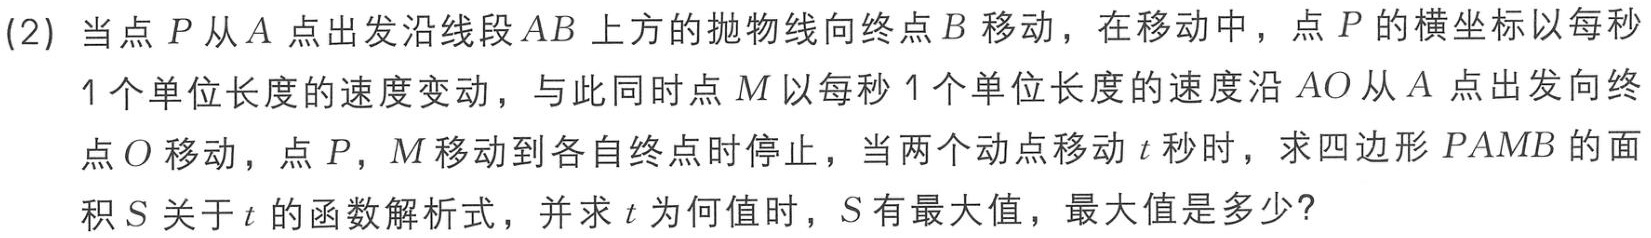
(2) 当点 \(P\) 从 \(A\) 点出发沿线段 \(AB\) 上方的抛物线向终点 \(B\) 移动，在移动中，点 \(P\) 的横坐标以每秒 \(1\) 个单位长度的速度变动，与此同时点 \(M\) 以每秒 \(1\) 个单位长度的速度沿 \(AO\) 从 \(A\) 点出发向终点 \(O\) 移动，点 \(P\)，\(M\) 移动到各自终点时停止，当两个动点移动 \(t\) 秒时，求四边形 \(PAMB\) 的面积 \(S\) 关于 \(t\) 的函数解析式，并求 \(t\) 为何值时，\(S\) 有最大值，最大值是多少？